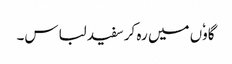
گاوٗں میں رہ کر سفید لباس۔